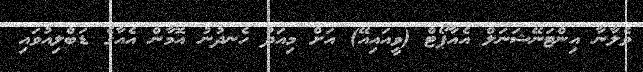
ވެލާނާ އިންޓަނޭޝަނަލް އެއާޕޯޓް (ވީއައިއޭ) އަށް މިއަދު ހެނދުނު އޮމާން އެއާގެ ޑަބްލިއުވައި